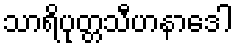
သာရိပုတ္တသီဟနာဒေါ